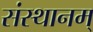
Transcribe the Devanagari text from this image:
संस्थानम्